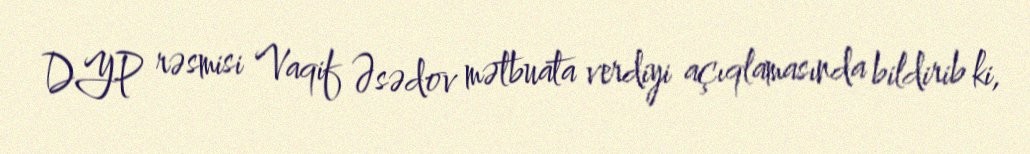
DYP rəsmisi Vaqif Əsədov mətbuata verdiyi açıqlamasında bildirib ki,